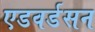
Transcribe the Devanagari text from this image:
एडवर्डसन